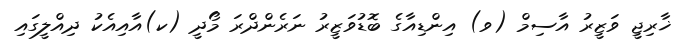
ޚާރިޖީ ވަޒީރު އާސިމް (ވ) އިންޑިއާގެ ބޮޑުވަޒީރު ނަރެންދްރަ މޯދީ (ކ)އާއިއެކު ދިއްލީގައި